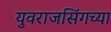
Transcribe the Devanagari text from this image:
युवराजसिंगच्या